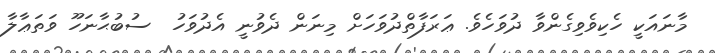
މާނައަކީ ހެކިވެވިގެންވާ ދުވަހެވެ. ޢަރަފާތްދުވަހަށް މިނަން ދެވުނީ އެދުވަހު  ސުބުޙާނަހޫ ވަތަޢާލާ